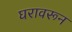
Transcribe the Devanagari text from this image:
घरावरून